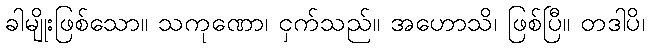
ခါမျိုးဖြစ်သော။ သကုဏော၊ ငှက်သည်။ အဟောသိ၊ ဖြစ်ပြီ။ တဒါပိ၊